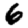
Digit: 6